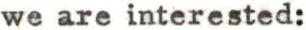
we are interested: